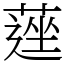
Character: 𦹇